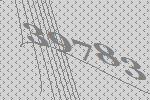
39783